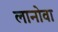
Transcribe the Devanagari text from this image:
लानोवा